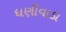
ધણીવાડા